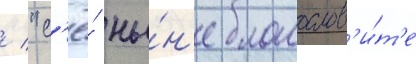
/ "с'ё́ ны́н'е благослов'и́т'е